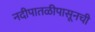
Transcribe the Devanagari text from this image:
नदीपातळीपासूनची